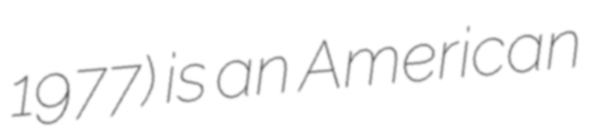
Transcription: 1977) is an American